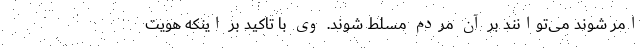
امر شوند می‌توانند بر آن مردم مسلط شوند. وی با تاکید بر اینکه هویت